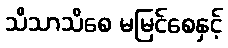
သိသာသိစေ မမြင်စေနှင့်